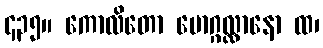
၄၃၅။ ကောလိတော မောဂ္ဂလ္လာနော ထ၊